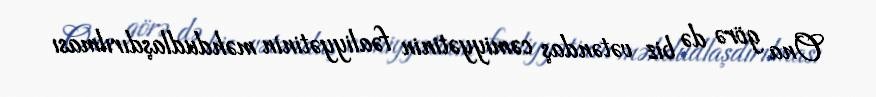
Ona görə də biz vətəndaş cəmiyyətinin fəaliyyətinin məhdudlaşdırılması